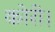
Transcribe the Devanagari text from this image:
कोरी।